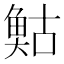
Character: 𩾀